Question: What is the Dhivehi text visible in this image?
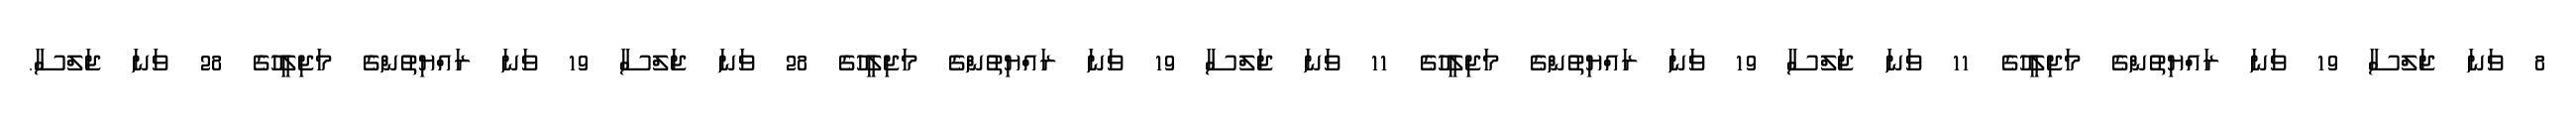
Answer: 8 ވަނަ ޖަލްސާ 19 ވަނަ ރައްޔިތުންގެ މަޖިލީހުގެ 11 ވަނަ ޖަލްސާ 19 ވަނަ ރައްޔިތުންގެ މަޖިލީހުގެ 11 ވަނަ ޖަލްސާ 19 ވަނަ ރައްޔިތުންގެ މަޖިލީހުގެ 28 ވަނަ ޖަލްސާ 19 ވަނަ ރައްޔިތުންގެ މަޖިލީހުގެ 28 ވަނަ ޖަލްސާ.